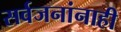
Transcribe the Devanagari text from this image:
सर्वजनांनाही